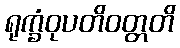
ရုက္ခံဝုပတိဝတ္တတိ